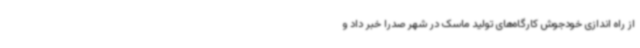
از راه اندازی خودجوش کارگاه‌های تولید ماسک در شهر صدرا خبر داد و